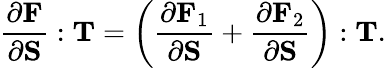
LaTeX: {\frac{\partial\mathbf{F}}{\partial\mathbf{S}}}:\mathbf{T}=\left({\frac{\partial\mathbf{F}_{1}}{\partial\mathbf{S}}}+{\frac{\partial\mathbf{F}_{2}}{\partial\mathbf{S}}}\right):\mathbf{T}.